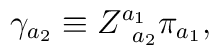
\gamma _{a_{2}}\equiv Z_{\;\;a_{2}}^{a_{1}}\pi _{a_{1}},